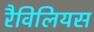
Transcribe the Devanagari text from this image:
रैविलियस